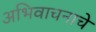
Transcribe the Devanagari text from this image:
अभिवाचनाचे